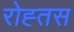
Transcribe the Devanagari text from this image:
रोह्तस